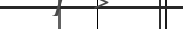
١١